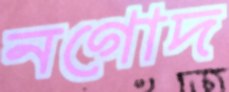
নগোদ